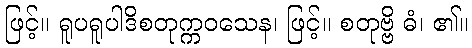
ဖြင့်။ ရူပရူပါဒိစတုက္ကဝသေန၊ ဖြင့်။ စတုဗ္ဗိ ဓံ၊ ၏။